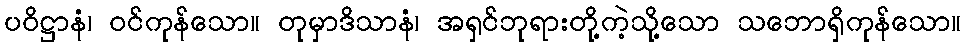
ပဝိဋ္ဌာနံ၊ ဝင်ကုန်သော။ တုမှာဒိသာနံ၊ အရှင်ဘုရားတို့ကဲ့သို့သော သဘောရှိကုန်သော။